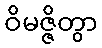
ဝိမဇ္ဇိတွာ